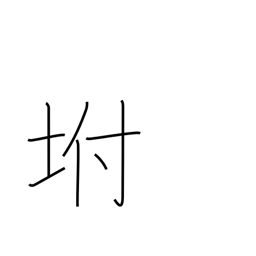
Meaning: slope